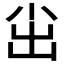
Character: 𱚤